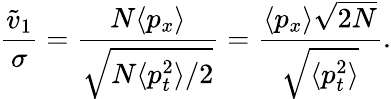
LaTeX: \frac{\tilde{v}_{1}}{\sigma}=\frac{N\langle p_{x}\rangle}{\sqrt{N\langle p_{t}^{2}\rangle/2}}=\frac{\langle p_{x}\rangle\sqrt{2N}}{\sqrt{\langle p_{t}^{2}\rangle}}.